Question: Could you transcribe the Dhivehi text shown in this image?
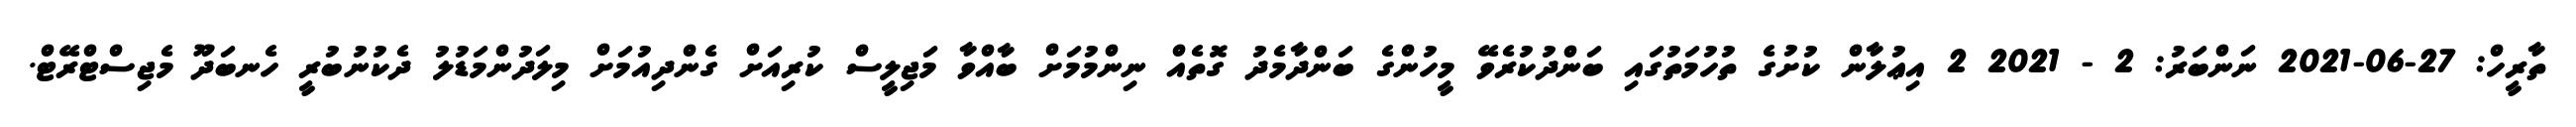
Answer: ތާރީހް: 27-06-2021 ނަންބަރު: 2 - 2021 2 އިޢުލާން ކުށުގެ ތުހުމަތުގައި ބަންދުކުރެވޭ މީހުންގެ ބަންދާމެދު ގޮތެއް ނިންމުމަށް ބާއްވާ މަޖިލީސް ކުރިއަށް ގެންދިއުމަށް މިލަދުންމަޑުލު ދެކުނުބުރީ ހެނބަދޫ މެޖިސްޓްރޭޓް.